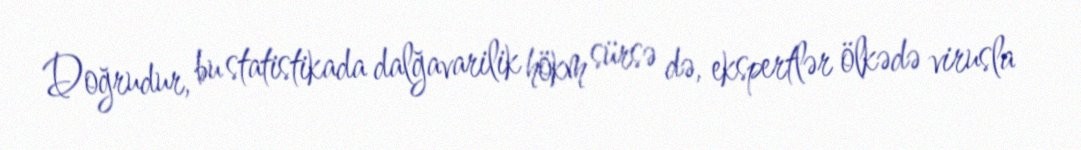
Doğrudur, bu statistikada dalğavarilik hökm sürsə də, ekspertlər ölkədə virusla